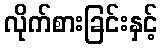
လိုက်စားခြင်းနှင့်